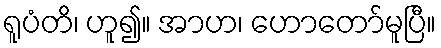
ရူပံတိ၊ ဟူ၍။ အာဟ၊ ဟောတော်မူပြီ။